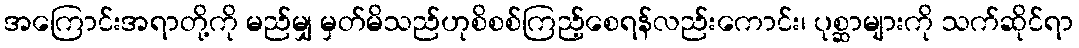
အကြောင်းအရာတို့ကို မည်မျှ မှတ်မိသည်ဟုစိစစ်ကြည့်စေရန်လည်းကောင်း၊ ပုစ္ဆာများကို သက်ဆိုင်ရာ